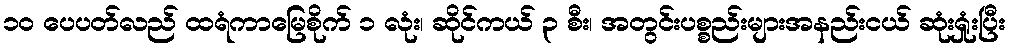
၁၀ ပေပတ်လည် ထရံကာမြေစိုက် ၁ လုံး၊ ဆိုင်ကယ် ၃ စီး၊ အတွင်းပစ္စည်းများအနည်းငယ် ဆုံးရှုံးပြီး